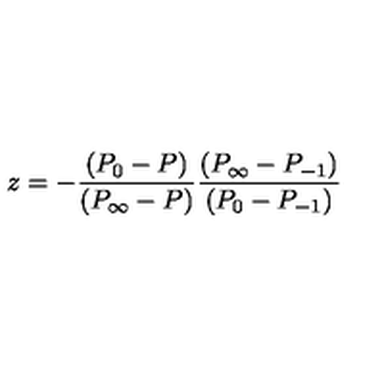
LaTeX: z = - \frac { ( P _ { 0 } - P ) } { ( P _ { \infty } - P ) } \frac { ( P _ { \infty } - P _ { - 1 } ) } { ( P _ { 0 } - P _ { - 1 } ) }